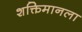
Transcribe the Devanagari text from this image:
शक्तिमानला